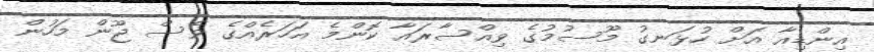
އިންޑިއާ އަށް ހުޅަނގު މޫސުމުގެ ވިއްސާރައާ ކޮންމެ އަހަރެއްގެ ވެސް ޖޫން މަހުން